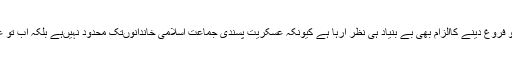
مبصرین کا کہنا ہے کہ جماعت پر عسکریت کو فروغ دینے کاالزام بھی بے بنیاد ہی نظر آرہا ہے کیونکہ عسکریت پسندی جماعت اسلامی خاندانوںتک محدود نہیںہے بلکہ اب تو عسکریت کو بے پناہ عوامی حمایت حاصل ہے ۔